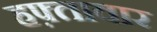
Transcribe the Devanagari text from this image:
हफ़्तावार